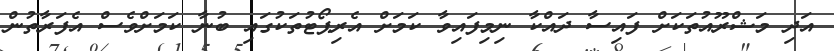
އަދި މަޝްރޫއުތަކަށް ފައިސާ ދައްކާ ނިމިފައިވާ ކަމަށް އެރިޕޯޓުތަކުގައި ބުނާ ކަމަށްވެސް އެފަރާތުން